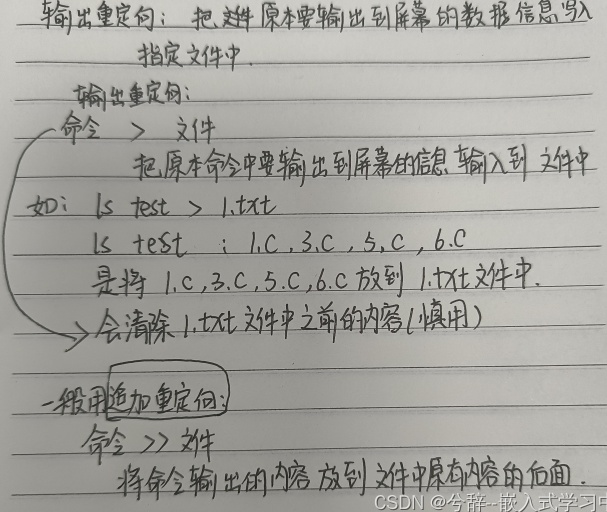
- **输出重定向**：把原本要输出到屏幕的数据信息写入指定文件中。
 - **输出重定向**：
    - 命令 > 文件
    - 把原本命令中要输出到屏幕的信息输入到文件中
    - 如：`ls test > 1.txt`
    - `ls test ; 1.c,3.c,5.c,6.c`
    - 是将 `1.c,3.c,5.c,6.c` 放到 `1.txt` 文件中.
    - > 会清除 `1.txt` 文件中之前的内容(慎用)
- **一般用追加重定向**：
  - 命令 >> 文件
  - 将命令输出的内容，放到文件中原有内容的后面。
- **CSDN @兮辞 - 嵌入式学习中**